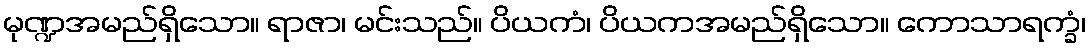
မုဏ္ဍအမည်ရှိသော။ ရာဇာ၊ မင်းသည်။ ပိယကံ၊ ပိယကအမည်ရှိသော။ ကောသာရက္ခံ၊